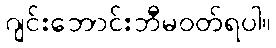
ဂျင်းဘောင်းဘီမဝတ်ရပါ။